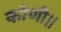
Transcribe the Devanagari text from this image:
कोणी।।